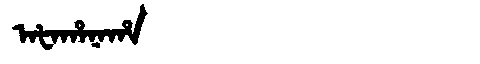
Manchu: ᠠᡶᠠᡥᠠᠨᠠᡥᠠ
Romanization: AFAHANAHA